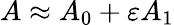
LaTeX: A\approx A_{0}+\varepsilon A_{1}